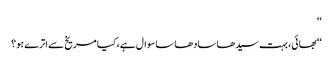
‘‘
‘‘بھائی، بہت سیدھا سادھا سا سوال ہے، کیا مریخ سے اترے ہو؟